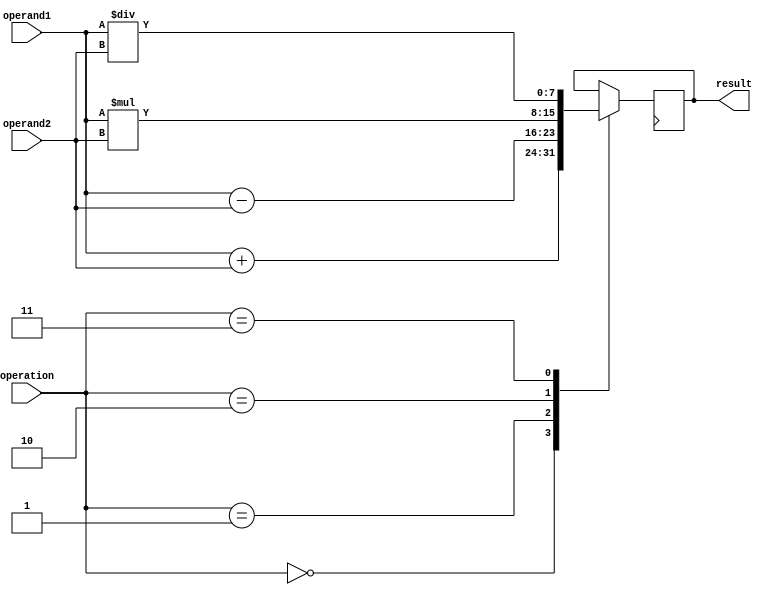
module Trigonometric_ALU (
    input wire [7:0] operand1,
    input wire [7:0] operand2,
    input wire [2:0] operation,
    output reg [7:0] result
);

// Arithmetic blocks
always @ (posedge clk) begin
    case(operation)
        3'b000: result <= operand1 + operand2; // Addition
        3'b001: result <= operand1 - operand2; // Subtraction
        3'b010: result <= operand1 * operand2; // Multiplication
        3'b011: result <= operand1 / operand2; // Division
    endcase
end

// Trigonometric blocks can be added here using lookup tables or algorithms

endmodule